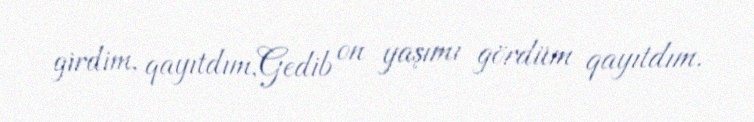
girdim, qayıtdım,Gedib on yaşımı gördüm qayıtdım.